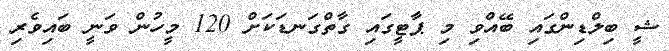
ޝީ ބިލްޑިންގައި ބޭއްވި މި ޕާޓީގައި ގާތްގަނޑަކަށް 120 މީހުން ވަނީ ބައިވެރި